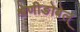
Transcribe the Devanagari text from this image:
श्रेणीङोबेल्